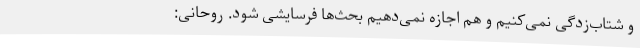
و شتاب‌زدگی نمی‌کنیم و هم اجازه نمی‌دهیم بحث‌ها فرسایشی شود. روحانی: